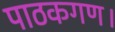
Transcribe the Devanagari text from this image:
पाठकगण।